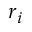
r _ { i }